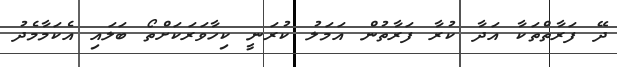
ދޭ ފަރާތްތަކާ އަދާ ކުރާ ފަރާތުން އަމަލު ކުރަނީ ކިހާވަރަކަށްތޯ ބަލައި އެކަމާމެދު